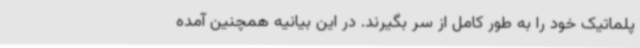
پلماتیک خود را به طور کامل از سر بگیرند. در این بیانیه همچنین آمده